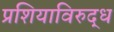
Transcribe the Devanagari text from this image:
प्रशियाविरुद्ध